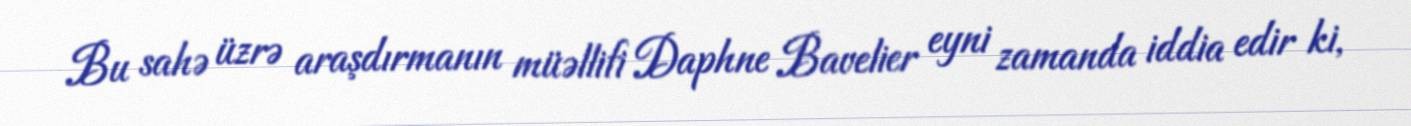
Bu sahə üzrə araşdırmanın müəllifi Daphne Bavelier eyni zamanda iddia edir ki,